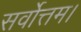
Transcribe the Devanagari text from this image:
सर्वोत्तम।